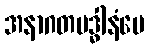
အနာဂတမဒ္ဓါနံပေ